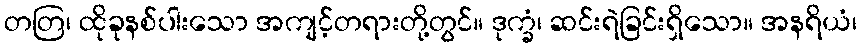
တတြ၊ ထိုခုနစ်ပါးသော အကျင့်တရားတို့တွင်။ ဒုက္ခံ၊ ဆင်းရဲခြင်းရှိသော။ အနရိယံ၊